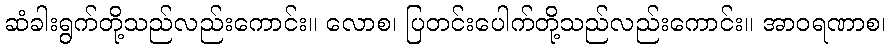
ဆံခါးရွက်တို့သည်လည်းကောင်း။ လောစ၊ ပြတင်းပေါက်တို့သည်လည်းကောင်း။ အာဝရဏာစ၊